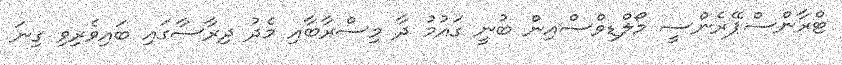
ޓްރާންސްޕޭރެންސީ މޯލްޑިވްސްއިން ބުނީ ގައުމު ދާ މިސްރާބާއި މެދު ދިރާސާގައި ބައިވެރިވި ގިނަ